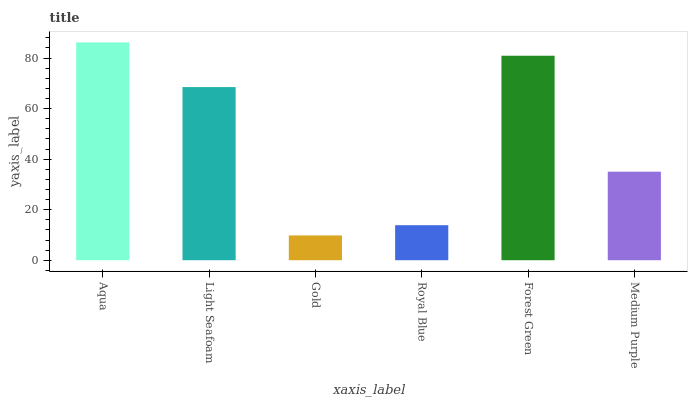
| xaxis_label | bars |
 | --- | --- |
 | Aqua | 86.2 |
 | Light Seafoam | 68.5 |
 | Gold | 9.81 |
 | Royal Blue | 13.9 |
 | Forest Green | 80.9 |
 | Medium Purple | 35 |